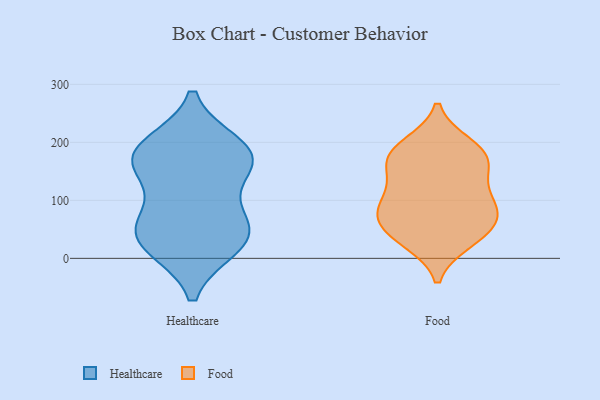
{"axis": {"x": "Shipments", "y": "Value"}, "legend": ["Food", "Healthcare"], "data": [{"x": "", "y": 162, "type": "Healthcare"}, {"x": "", "y": 22, "type": "Healthcare"}, {"x": "", "y": 67, "type": "Healthcare"}, {"x": "", "y": 35, "type": "Healthcare"}, {"x": "", "y": 65, "type": "Healthcare"}, {"x": "", "y": 169, "type": "Healthcare"}, {"x": "", "y": 30, "type": "Healthcare"}, {"x": "", "y": 181, "type": "Healthcare"}, {"x": "", "y": 193, "type": "Healthcare"}, {"x": "", "y": 167, "type": "Healthcare"}, {"x": "", "y": 68, "type": "Food"}, {"x": "", "y": 74, "type": "Food"}, {"x": "", "y": 161, "type": "Food"}, {"x": "", "y": 36, "type": "Food"}, {"x": "", "y": 95, "type": "Food"}, {"x": "", "y": 157, "type": "Food"}, {"x": "", "y": 121, "type": "Food"}, {"x": "", "y": 112, "type": "Food"}, {"x": "", "y": 196, "type": "Food"}, {"x": "", "y": 29, "type": "Food"}, {"x": "", "y": 36, "type": "Food"}, {"x": "", "y": 184, "type": "Food"}, {"x": "", "y": 73, "type": "Food"}, {"x": "", "y": 169, "type": "Food"}, {"x": "", "y": 77, "type": "Food"}, {"x": "", "y": 188, "type": "Food"}]}